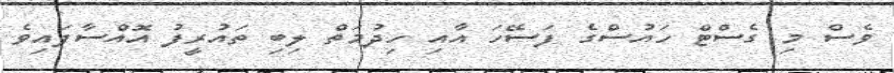
ވެސް މި ގެސްޓް ހައުސްގެ ފަސޭހަ އާއި ހިދުމަތް ލިބި ތައުރީފު އޮއްސާފައިވެ